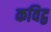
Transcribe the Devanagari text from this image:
कविट्ठ